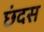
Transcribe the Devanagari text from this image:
छंदस